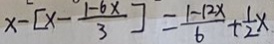
x - [ x - \frac { 1 - 6 x } { 3 } ] = \frac { 1 - 1 2 x } { 6 } + \frac { 1 } { 2 } x